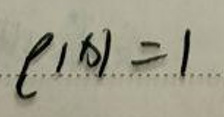
$\ell ( x ) = 1$